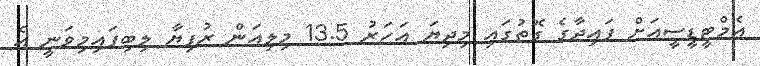
އެމްޓީޑީސީއަށް ފައިދާގެ ގޮތުގައި މިދިޔަ އަހަރު 13.5 މިލިއަން ރުފިޔާ ލިބިފައިމިވަނީ އެ